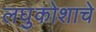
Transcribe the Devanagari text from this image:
लघुकोशाचे